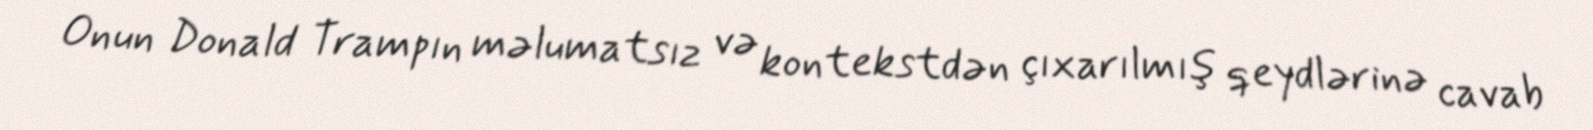
Onun Donald Trampın məlumatsız və kontekstdən çıxarılmış qeydlərinə cavab